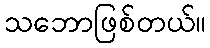
သဘောဖြစ်တယ်။